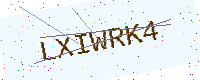
Text: LXIWRK4